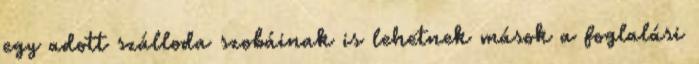
egy adott szálloda szobáinak is lehetnek mások a foglalási